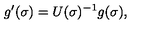
g ^ { \prime } ( \sigma ) = U ( \sigma ) ^ { - 1 } g ( \sigma ) , ~